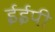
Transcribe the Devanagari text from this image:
ईईपी